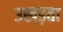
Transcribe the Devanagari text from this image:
उखड़ता